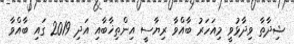
ޝިދާތާ ވިދާޅުވީ މިއަހަރު ބާއްވާ ރިޔާސީ އިންތިޚާބާއި އަދި 2019 ގައި ބާއްވާ